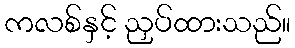
ကလစ်နှင့် ညှပ်ထားသည်။